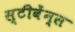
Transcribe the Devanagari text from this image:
स्टीवेंन्स